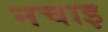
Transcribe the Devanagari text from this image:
नचाइ